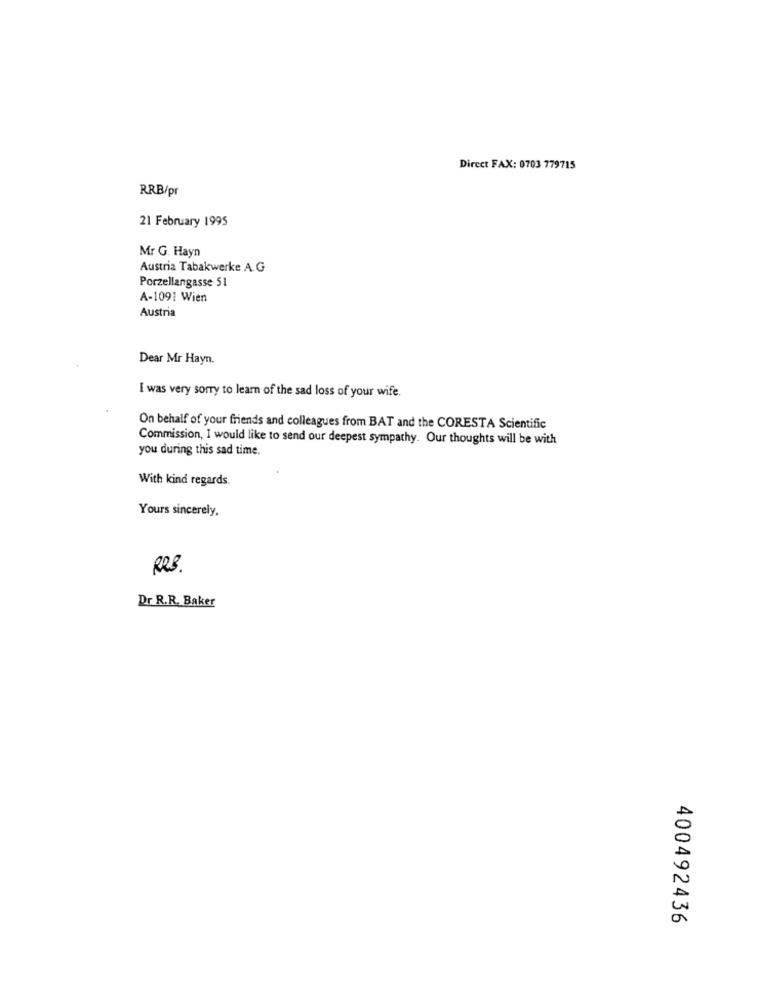
Direct FAX: 0703 779715
RRB/pr
21 February 1995
Mr G. Hayn
Austria Tabakwerke A.G
Porzellangasse 51
A-1091 Wien
Austria
Dear Mr Hayn.
I was very sorry to learn of the sad loss of your wife.
On behalf of your friends and colleagues from BAT and the CORESTA Scientific
Commission, I would like to send our deepest sympathy. Our thoughts will be with
you during this sad time.
With kind regards.
Yours sincerely,
RRS.
Dr R.R. Baker
400492436